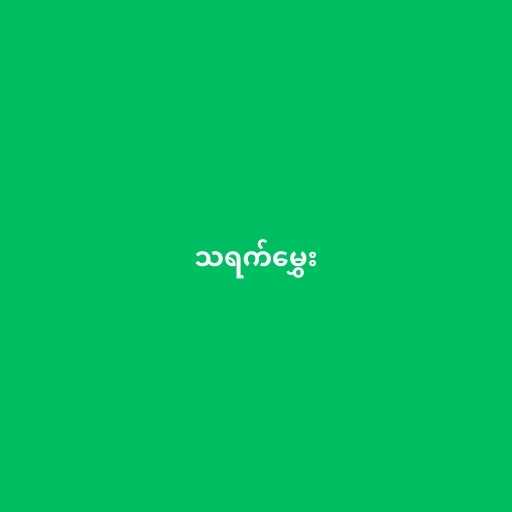
သရက်မွှေး